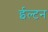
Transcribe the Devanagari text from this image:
ईल्टन